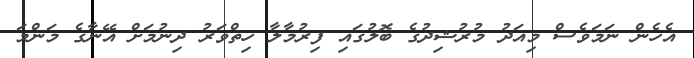
އެހެން ނަމަވެސް މިއަދު މުރުޝިދުގެ ބޮލުގައި ފިރުމާލާ ހިތްވަރު ދިނުމަށް އޭނާގެ މަންމަ